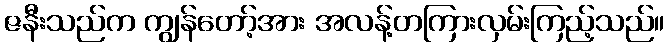
ဇနီးသည်က ကျွန်တော့်အား အလန့်တကြားလှမ်းကြည့်သည်။